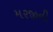
મરજીની